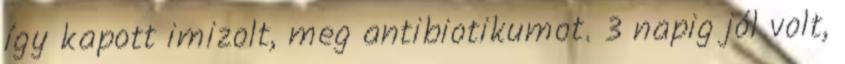
így kapott imizolt, meg antibiotikumot. 3 napig jól volt,